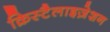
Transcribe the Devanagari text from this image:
क्रिस्टैलाइज़ेशन